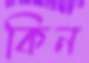
কিন